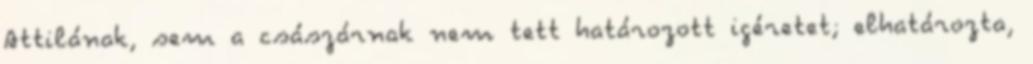
Attilának, sem a császárnak nem tett határozott igéretet; elhatározta,